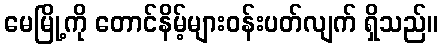
မေမြို့ကို တောင်နိမ့်များဝန်းပတ်လျက် ရှိသည်။